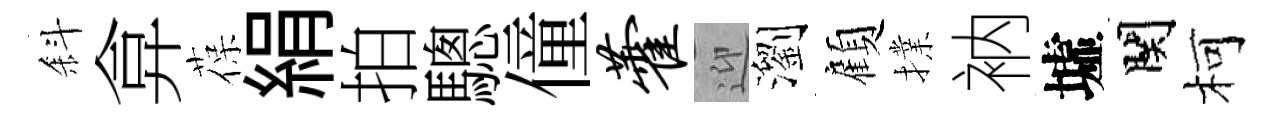
斜弇葆絹拍驄僮藿迎瀏顧擈衲墟関柯